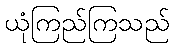
ယုံကြည်ကြသည်